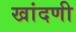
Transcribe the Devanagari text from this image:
खांदणी